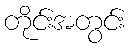
တိုင်းအတွင်း